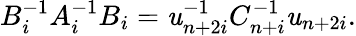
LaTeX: B_{i}^{-1}A_{i}^{-1}B_{i}=\mathit{u}_{n+2i}^{-1}C_{n+i}^{-1}\mathit{u}_{n+2i}.